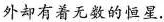
外却有着无数的恒星，